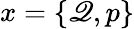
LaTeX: x=\{ \mathscr{Q},p\}